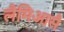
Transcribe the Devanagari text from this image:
लैमिआसै